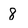
Character: 8